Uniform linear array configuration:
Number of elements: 64
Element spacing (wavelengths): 0.5
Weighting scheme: exponential
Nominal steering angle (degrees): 30
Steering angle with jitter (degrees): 30.49
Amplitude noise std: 0.05
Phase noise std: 0.05

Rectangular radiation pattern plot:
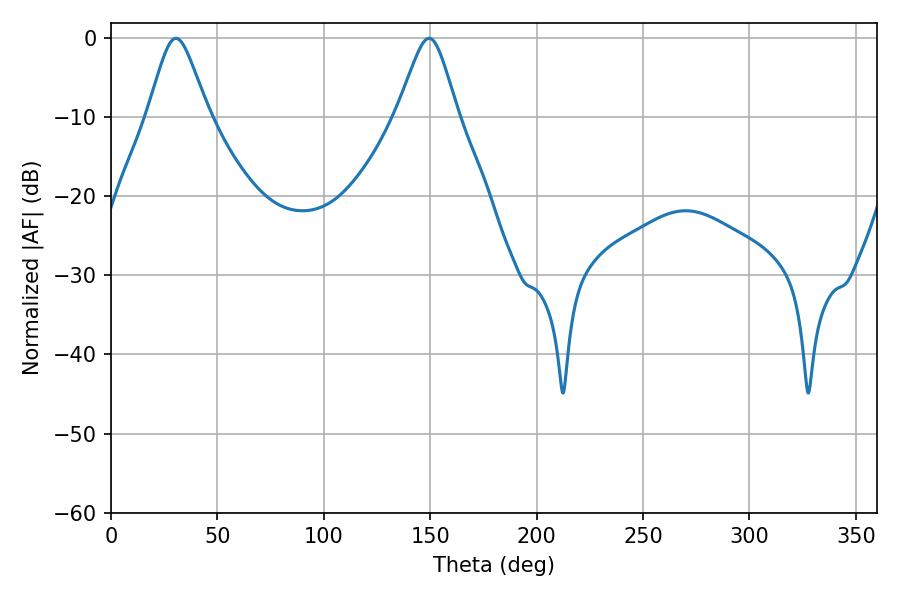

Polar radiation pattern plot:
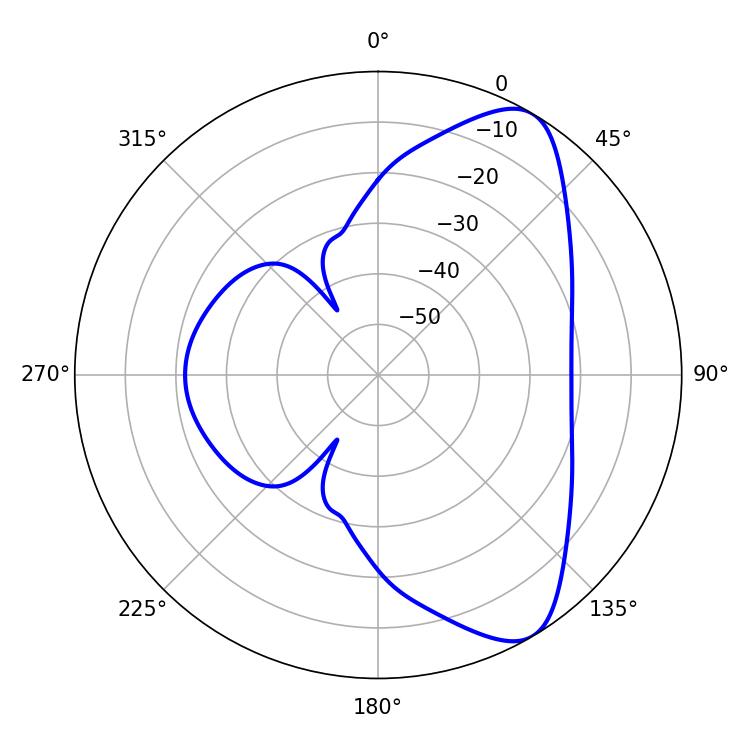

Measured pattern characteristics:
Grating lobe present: FALSE
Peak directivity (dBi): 8.14
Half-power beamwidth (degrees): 13.68
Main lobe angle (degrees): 30.6